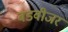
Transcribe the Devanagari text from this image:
बडवीजर